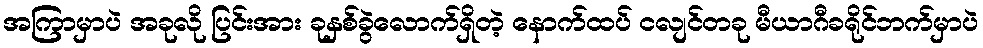
အကြာမှာပဲ အခုလို ပြင်းအား ခုနှစ်ခွဲလောက်ရှိတဲ့ နောက်ထပ် ငလျင်တခု မီယာဂီခရိုင်ဘက်မှာပဲ